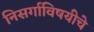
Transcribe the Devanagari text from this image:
निसर्गाविषयीचे